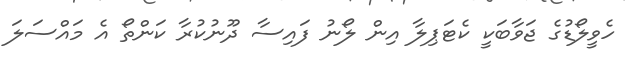
ހެވީލޯޑުގެ ޖަވާބަކީ ކެޓަޕިލާ އިން ލޯނު ފައިސާ ދޫނުކުރާ ކަންތޯ އެ މައްސަލަ